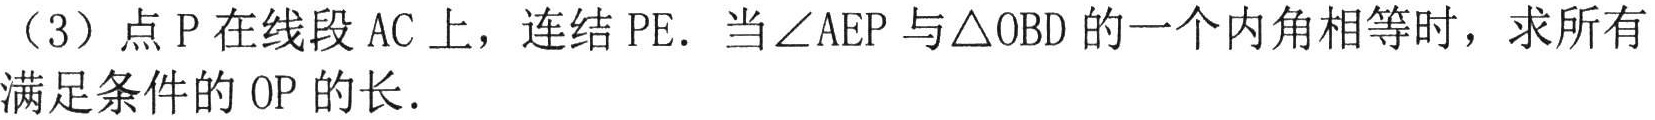
（3）点 \(P\) 在线段 \(AC\) 上，连结 \(PE\)．当 \(\angle AEP\) 与 \(\triangle OBD\) 的一个内角相等时，求所有满足条件的 \(OP\) 的长．